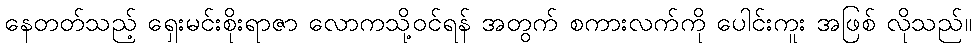
နေတတ်သည့် ရှေးမင်းစိုးရာဇာ လောကသို့ဝင်ရန် အတွက် စကားလက်ကို ပေါင်းကူး အဖြစ် လိုသည်။